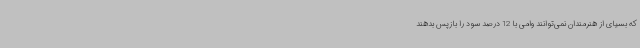
که بسیای از هنرمندان نمی‌توانند وامی با 12 درصد سود را بازپس بدهند